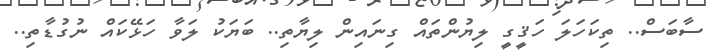
ސާބަސް.. ތިކަހަލަ ހަޤީގީ ލިޔުންތައް ގިނައިން ލިޔާތި.. ބަޔަކު ލަވާ ހަޅޭކައް ނުގުޑާތި..